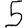
Digit: 5